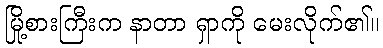
မြို့စားကြီးက နာတာ ရှာကို မေးလိုက်၏။